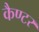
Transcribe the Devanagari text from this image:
कैण्टर